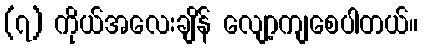
(၇) ကိုယ်အလေးချိန် လျော့ကျစေပါတယ်။